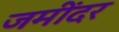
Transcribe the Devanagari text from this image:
जमींदर